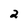
Character: 2